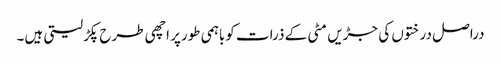
دراصل درختوں کی جڑیں مٹی کے ذرات کوباہمی طورپر اچھی طرح پکڑلیتی ہیں۔